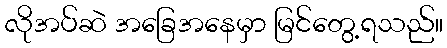
လိုအပ်ဆဲ အခြေအနေမှာ မြင်တွေ့ရသည်။